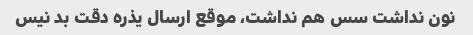
نون نداشت سس هم نداشت، موقع ارسال یذره دقت بد نیس